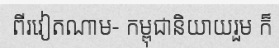
ពីរវៀតណាម- កម្ពុជានិយាយរួម ក៏